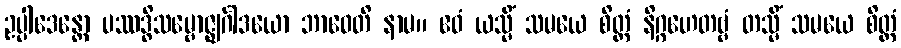
ဥပ္ပါဒေန္တော ပဿဒ္ဓိသမ္ဗောဇ္ဈင်္ဂါဒယော ဘာဝေတိ နာမ။ ဧဝံ ယသ္မိံ သမယေ စိတ္တံ နိဂ္ဂဟေတဗ္ဗံ တသ္မိံ သမယေ စိတ္တံ